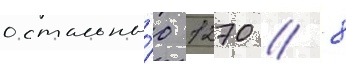
остальны́е 1270 / 8